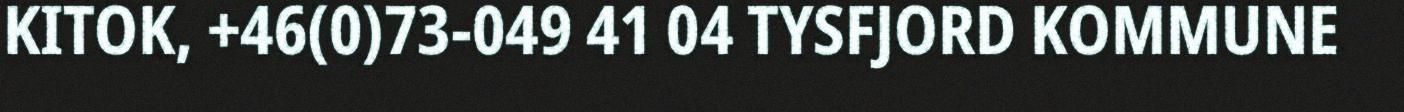
KITOK, +46(0)73-049 41 04 TYSFJORD KOMMUNE